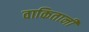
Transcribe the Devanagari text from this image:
वाकितानी